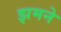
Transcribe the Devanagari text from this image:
झमने